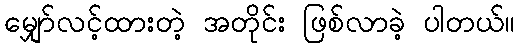
မျှော်လင့်ထားတဲ့ အတိုင်း ဖြစ်လာခဲ့ ပါတယ်။